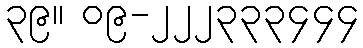
၃၉။ ၀၉-၂၂၂၃၃၃၄၄၄